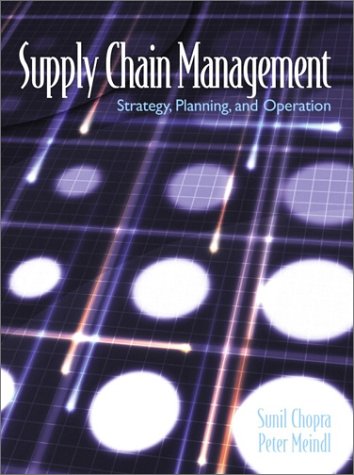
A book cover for Supply Chain Management: Strategy, Planning and Operations; Sunil Chopra; Business & Money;